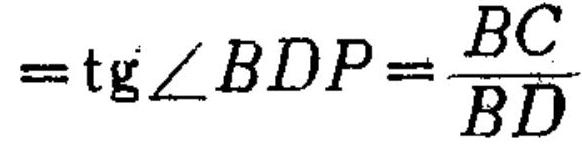
\(=\text{tg}\angle BDP=\dfrac{BC}{BD}\)